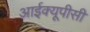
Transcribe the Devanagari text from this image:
आईक्यूपीसी